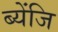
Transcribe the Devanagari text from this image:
ब्येंजि